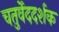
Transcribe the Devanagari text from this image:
चतुर्वेददर्शक